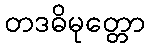
တဒဓိမုတ္တော